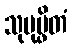
သုပုပ္ဖိတံ